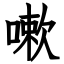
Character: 嗽